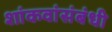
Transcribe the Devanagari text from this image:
शांकवांसंबंधी